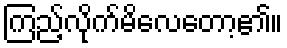
ကြည့်လိုက်မိလေတော့၏။